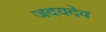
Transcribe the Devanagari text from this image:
जदयदेव